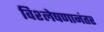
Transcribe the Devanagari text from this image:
विश्लेषणानंतर